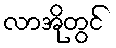
လာအိုတွင်